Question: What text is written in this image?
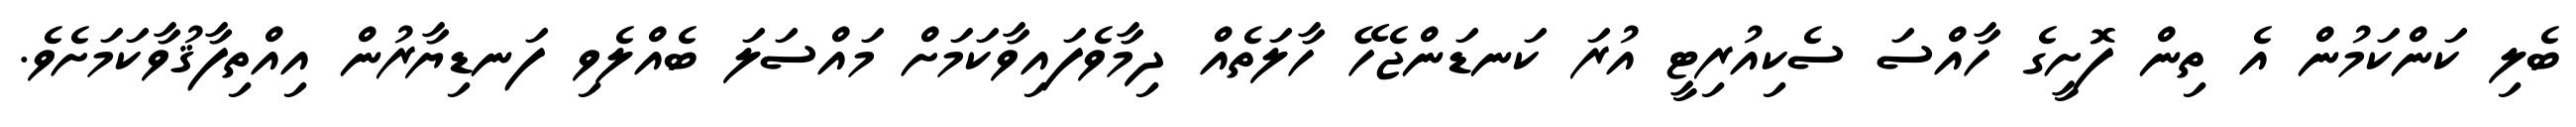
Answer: ބެލި ކަންކަމުން އެ ތިން ފޮށީގެ ހާއްސަ ސެކިއުރިޓީ އުރަ ކަނޑަންޖެހޭ ހާލަތެއް ދިމާވެފައިވާކަމަށް މައްސަލަ ބެއްލެވި ފަނޑިޔާރުން އިއްތިފާޤުވާކަމަށެވެ.